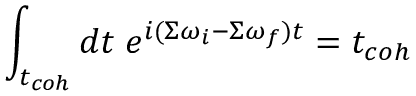
\int _ { t _ { c o h } } d t \; e ^ { i ( \Sigma \omega _ { i } - \Sigma \omega _ { f } ) t } = t _ { c o h }